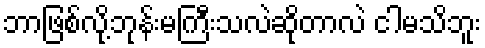
ဘာဖြစ်လို့ဘုန်းမကြီးသလဲဆိုတာလဲ ငါမသိဘူး